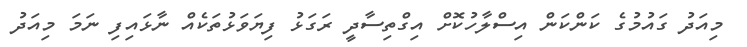
މިއަދު ގައުމުގެ ކަންކަން އިސްލާހުކޮށް އިގްތިސާދީ ރަގަޅު ފިޔަވަޅުތަކެއް ނާޅައިފި ނަމަ މިއަދު